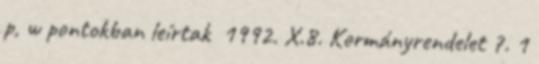
p, w pontokban leírtak 1992. X.8. Kormányrendelet 7. 1